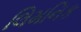
લિમનિક